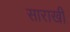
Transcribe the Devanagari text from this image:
साराखी